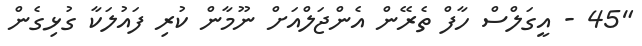
"45 - އީގަލްސް ހާފް ތެރޭން އެންޖަލްއަށް ނޫމާން ކުރި ފައުލަކާ ގުޅިގެން